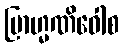
ဗြာဟ္မဏိဝေါစ